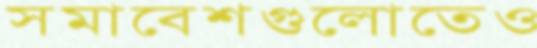
সমাবেশগুলোতেও